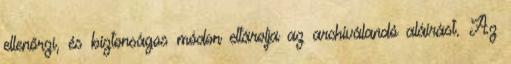
ellenőrzi, és biztonságos módon eltárolja az archiválandó aláírást. Az